Notes on vaccination in the North-West Frontier Province 1923-1928 - 1923-1928
Year: 1923
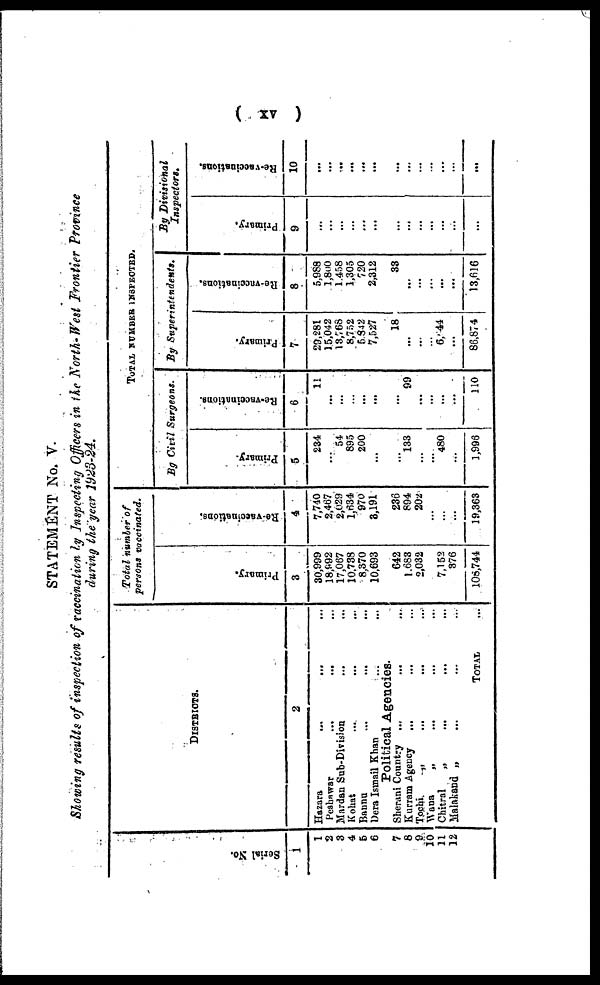
( xv )
STATEMENT No. V.
Showing results of inspection of vaccination by Inspecting Officers in the North- West Frontier Province
during the year 1923-24.
Serial No.
1
1
2
3
4
5
6
7
8
9
10
11
12
DISTRICTS.
2
Hazara
...
...
Peshawar
...
...
Mardan Sub-Division
Kohat ... ... ...
Baunu
...
...
...
Dera Ismail Khan ... ...
Political Agencies.
Sherani Country ... ... ...
Kurram Agency ... ... ...
Tochi.
„ ... ... ...
Wana
„ ... ... ...
Chitral
„ ... ... ...
Malakand „ ... ... ...
TOTAL ...
Total number of
persons vaccinated.
Primary.
3
30,999
18,992
17,067
10,738
8,370
10,693
642
1,683
2,032
...
7,152
376
106,744
Re-vaccinations.
4
7,740
2,467
2,029
1,634
970
8,191
236
894
202
...
...
...
19,363
TOTAL NUMBER INSPECTED.
By Civil Surgeons.
Primary.
5
284
...
54
895
200
...
...
133
...
...
480
...
1,996
Re-vaccinations.
6
11
...
...
...
...
...
...
99
...
...
...
...
110
By
Superintendents.
Primary.
7
29,281
15,042
13,768
8,752
5,842
7,527
18
...
...
...
6,444
...
86,874
Re-vaccinations.
8
5,988
1,800
1,458
1,305
720
2,312
33
...
...
...
...
...
13,616
By Divisional
Inspectors.
Primary.
9
...
...
...
...
...
...
...
...
...
...
...
...
...
Re-vaccinations.
10
...
...
...
...
...
...
...
...
...
...
...
...
...